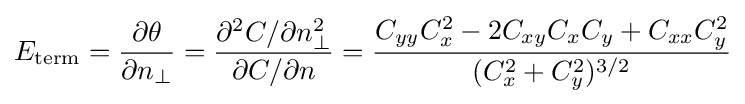
E_{\text{term}}={\partial \theta  \over \partial n_{\perp }}={\partial ^{2}C/\partial n_{\perp }^{2} \over \partial C/\partial n}={{C_{yy}C_{x}^{2}-2C_{xy}C_{x}C_{y}+C_{xx}C_{y}^{2}} \over (C_{x}^{2}+C_{y}^{2})^{3/2}}